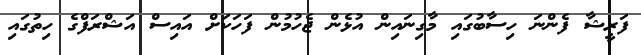
ފަރީޝާ ފެންނަ ހިސާބުގައި މާގިނައިން އުޅެން ޖެހުމުން ފަހަކަށް އައިސް އަޝްރަފްގެ ހިތުގައި